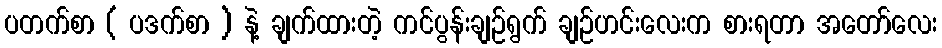
ပတက်စာ ( ပဒက်စာ ) နဲ့ ချက်ထားတဲ့ ကင်ပွန်းချဉ်ရွက် ချဉ်ဟင်းလေးက စားရတာ အတော်လေး